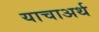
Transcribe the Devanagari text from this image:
याचाअर्थ